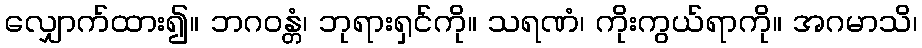
လျှောက်ထား၍။ ဘဂဝန္တံ၊ ဘုရားရှင်ကို။ သရဏံ၊ ကိုးကွယ်ရာကို။ အဂမာသိ၊